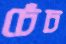
চেঁচ